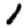
Digit: 1